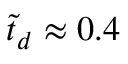
\tilde { t } _ { d } \approx 0 . 4